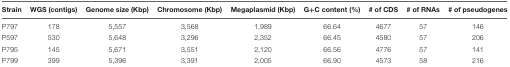
<table><thead><tr><td><b>Strain</b></td><td><b>WGS (contigs)</b></td><td><b>Genome size (Kbp)</b></td><td><b>Chromosome (Kbp)</b></td><td><b>Megaplasmid (Kbp)</b></td><td><b>G+C content (%)</b></td><td><b># of CDS</b></td><td><b># of RNAs</b></td><td><b># of pseudogenes</b></td></tr></thead><tbody><tr><td>P797</td><td>178</td><td>5,557</td><td>3,568</td><td>1,989</td><td>66.64</td><td>4677</td><td>57</td><td>146</td></tr><tr><td>P597</td><td>530</td><td>5,648</td><td>3,296</td><td>2,352</td><td>66.45</td><td>4580</td><td>57</td><td>206</td></tr><tr><td>P795</td><td>145</td><td>5,671</td><td>3,551</td><td>2,120</td><td>66.56</td><td>4776</td><td>57</td><td>141</td></tr><tr><td>P799</td><td>399</td><td>5,396</td><td>3,391</td><td>2,005</td><td>66.90</td><td>4573</td><td>58</td><td>216</td></tr></tbody></table>